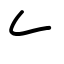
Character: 𠂉